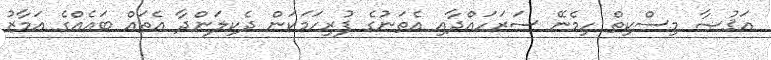
އަޤުޞާ މިސްކިތް ހިމެނޭ ސަރަަހައްދާއި އެތަނުގެ ފުރިހަމަކަން ދެކިލަންދާ އެތައް ބައެއްގެ އަމާޒު